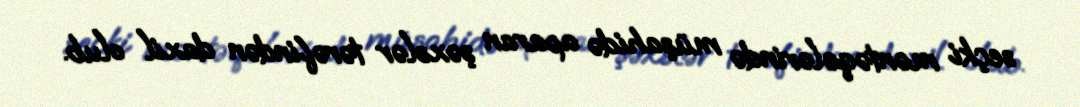
seçki məntəqələrində müşahidə aparan şəxslər tərəfindən daxil olub.